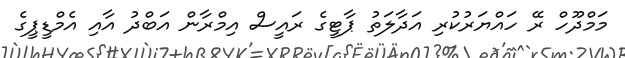
މަމްދޫހް ރޭ ހައްޔަރުކުރި އަދާލަތު ޕާޓީގެ ރައީސް އިމްރާން އަބްދު އާއި އެމްޑީޕީގެ